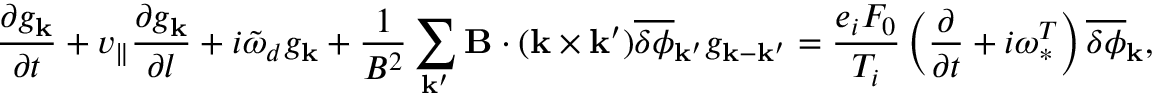
\frac { \partial g _ { \bf k } } { \partial t } + v _ { \| } \frac { \partial g _ { \bf k } } { \partial l } + i \tilde { \omega } _ { d } g _ { \bf k } + \frac { 1 } { B ^ { 2 } } \sum _ { { \bf k } ^ { \prime } } { \bf B } \cdot ( { \bf k } \times { \bf k } ^ { \prime } ) \overline { { \delta \phi } } _ { { \bf k } ^ { \prime } } g _ { { \bf k } - { \bf k } ^ { \prime } } = \frac { e _ { i } F _ { 0 } } { T _ { i } } \left( \frac { \partial } { \partial t } + i \omega _ { \ast } ^ { T } \right) \overline { { \delta \phi } } _ { \bf k } ,